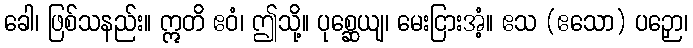
ခေါ၊ ဖြစ်သနည်း။ ဣတိ ဧဝံ၊ ဤသို့။ ပုစ္ဆေယျ၊ မေးငြားအံ့။ ဧသ (ဧသော) ပဉှော၊